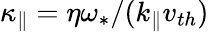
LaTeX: \kappa_{\| }=\eta\omega_{\ast}/(k_{\| }v_{th})